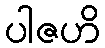
ပါဇဟိ